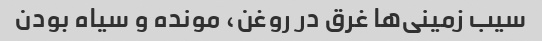
سیب زمینی‌ها غرق در روغن، مونده و سیاه بودن